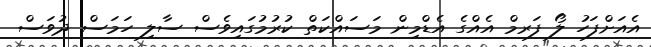
އެއަށްފަހު ލޯ ފަރމް އެއްގެ އެޑްމިން މަަސައްކަތް ކުރުމުގައިވެސް ސާލި ހަމަސް ދުވަސް